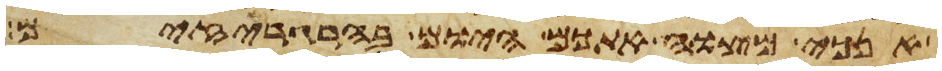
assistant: אנכי מצוה אתכם היום בהרגריזים